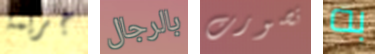
جريمة بالرجال تصورت به